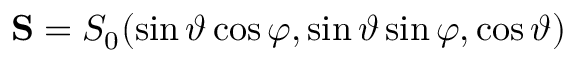
\mathbf { S } = S _ { 0 } ( \sin \vartheta \cos \varphi , \sin \vartheta \sin \varphi , \cos \vartheta )